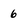
Character: 6